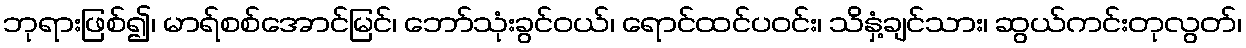
ဘုရားဖြစ်၍၊ မာရ်စစ်အောင်မြင်၊ ဘော်သုံးခွင်ဝယ်၊ ရောင်ထင်ပဝင်း၊ သိနှံ့ချင်သား၊ ဆွယ်ကင်းတုလွတ်၊